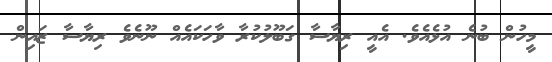
މީހުންް ބުނެ އުޅެއެވެ. އެއީ ރިޔާސާ ގަބޫލުކުރާ ވާހަކައެެއް ނޫނެވެ ރިޔާސާ ޒައިން